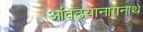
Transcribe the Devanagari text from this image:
आंवढ्यानागनाथ